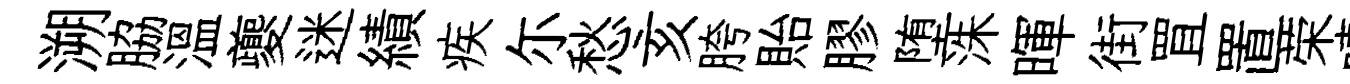
溯脇溫夔迷績疾尓愁亥胯貽膠堕洙暉街罝置荣嘻